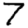
Digit: 7